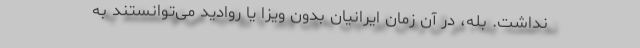
نداشت. بله، در آن زمان ایرانیان بدون ویزا یا روادید می‌توانستند به